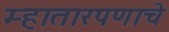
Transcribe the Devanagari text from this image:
म्हातारपणाचे